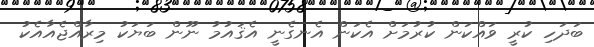
ބަދަހި ކުރީ ވައްކަން ކުރުމަށް އެކަން އެނގެނީ އެޤައުމު ނޫން ބަޔަކު މިރާއްޖެއާއެކު